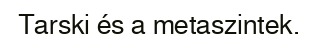
Tarski és a metaszintek.